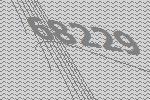
68229